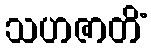
သဟဇာတိံ